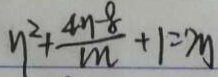
y ^ { 2 } + \frac { 4 n - 8 } { m } + 1 = 7 y